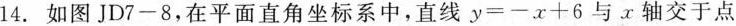
14.如图JD7—8,在平面直角坐标系中,直线$$y=-x+6$$与x轴交于点